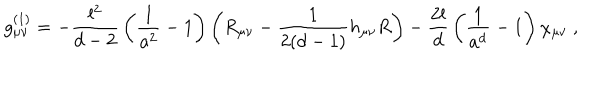
g _ { \mu \nu } ^ { ( 1 ) } = - { \frac { l ^ { 2 } } { d - 2 } } \left( { \frac { 1 } { a ^ { 2 } } } - 1 \right) \left( R _ { \mu \nu } - { \frac { 1 } { 2 ( d - 1 ) } } h _ { \mu \nu } R \right) - { \frac { 2 l } { d } } \left( { \frac { 1 } { a ^ { d } } } - 1 \right) \chi _ { \mu \nu } \ ,